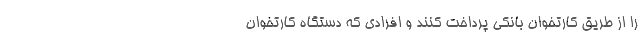
را از طریق کارتخوان بانکی پرداخت کنند و افرادی که دستگاه کارتخوان